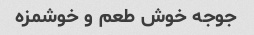
جوجه خوش طعم و خوشمزه